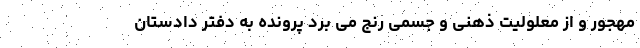
مهجور و از معلولیت ذهنی و جسمی رنج می برد پرونده به دفتر دادستان